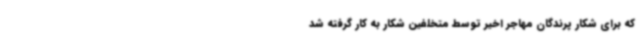
که برای شکار پرندگان مهاجر اخیر توسط متخلفین شکار به کار گرفته شد